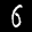
Label: 6